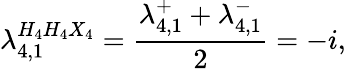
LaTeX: \lambda_{4,1}^{H_{4}H_{4}X_{4}}=\frac{\lambda_{4,1}^{+}+\lambda_{4,1}^{-}}{2}=-i,